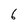
Character: 6